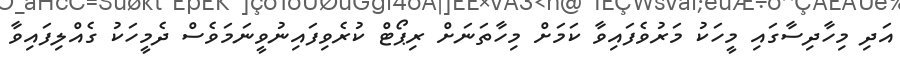
އަދި މިހާދިސާގައި މީހަކު މަރުވެފައިވާ ކަމަށް މިހާތަނަށް ރިޕޯޓް ކުރެވިފައިނުވީނަމަވެސް ދެމީހަކު ގެއްލިފައިވާ